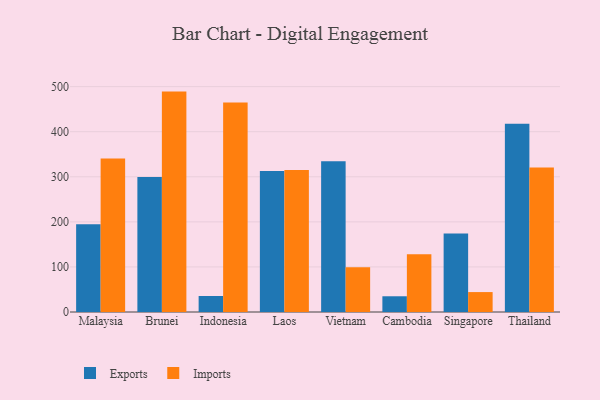
{"axis": {"x": "Country", "y": "Conversion Rate (%)"}, "legend": ["Exports", "Imports"], "data": [{"x": "Malaysia", "y": 194.7, "type": "Exports"}, {"x": "Malaysia", "y": 340.5, "type": "Imports"}, {"x": "Brunei", "y": 299.4, "type": "Exports"}, {"x": "Brunei", "y": 489.0, "type": "Imports"}, {"x": "Indonesia", "y": 35.5, "type": "Exports"}, {"x": "Indonesia", "y": 464.6, "type": "Imports"}, {"x": "Laos", "y": 312.6, "type": "Exports"}, {"x": "Laos", "y": 315.2, "type": "Imports"}, {"x": "Vietnam", "y": 334.7, "type": "Exports"}, {"x": "Vietnam", "y": 99.4, "type": "Imports"}, {"x": "Cambodia", "y": 34.9, "type": "Exports"}, {"x": "Cambodia", "y": 128.3, "type": "Imports"}, {"x": "Singapore", "y": 174.3, "type": "Exports"}, {"x": "Singapore", "y": 44.2, "type": "Imports"}, {"x": "Thailand", "y": 417.6, "type": "Exports"}, {"x": "Thailand", "y": 320.7, "type": "Imports"}]}